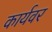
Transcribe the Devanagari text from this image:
कार्यवर